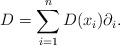
\begin{align*}D = \sum_{i =1} ^n D(x_{i}) \partial_{i}.\end{align*}